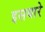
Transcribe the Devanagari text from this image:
इसबारे